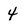
Character: 4